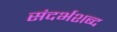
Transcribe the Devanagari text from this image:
संदर्भशब्द